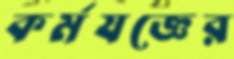
কর্মযজ্ঞের